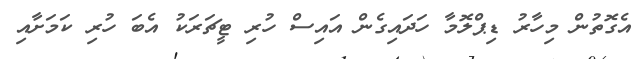
އެގޮތުން މިހާރު ޑިޕްލޮމާ ހަދައިގެން އައިސް ހުރި ޓީޗަރަކު އެބަ ހުރި ކަމަށާއި